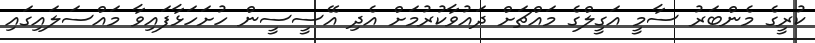
ކުރީގެ މެންބަރު ސާމީ އަގީލްގެ މައްޗަށް ދައުވާކުރުމަށް އެދި އޭސީސީން ހުށަހަޅާފައިވާ މައްސަލައިގައި